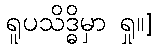
ရူပသိဒ္ဓိမှာ ရှု။]